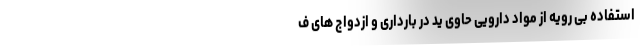
استفاده بی رویه از مواد دارویی حاوی یُد در بارداری و ازدواج های ف